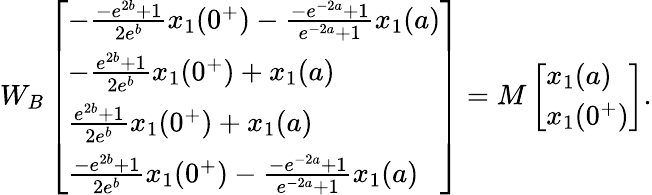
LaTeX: \begin{array}{r}{W_{B}\left[\begin{array}{l}{-\frac{-e^{2b}+1}{2e^{b}}x_{1}(0^{+})-\frac{-e^{-2a}+1}{e^{-2a}+1}x_{1}(a)}\\ {-\frac{e^{2b}+1}{2e^{b}}x_{1}(0^{+})+x_{1}(a)}\\ {\frac{e^{2b}+1}{2e^{b}}x_{1}(0^{+})+x_{1}(a)}\\ {\frac{-e^{2b}+1}{2e^{b}}x_{1}(0^{+})-\frac{-e^{-2a}+1}{e^{-2a}+1}x_{1}(a)}\end{array}\right]=M\left[\begin{array}{l}{x_{1}(a)}\\ {x_{1}(0^{+})}\end{array}\right].}\end{array}